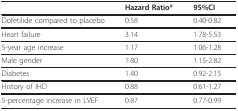
<table><thead><tr><td></td><td><b>Hazard Ratio*</b></td><td><b>95%CI</b></td></tr></thead><tbody><tr><td>Dofetilide compared to placebo</td><td>0.58</td><td>0.40-0.82</td></tr><tr><td>Heart failure</td><td>3.14</td><td>1.78-5.53</td></tr><tr><td>5-year age increase</td><td>1.17</td><td>1.06-1.28</td></tr><tr><td>Male gender</td><td>1.80</td><td>1.15-2.82</td></tr><tr><td>Diabetes</td><td>1.40</td><td>0.92-2.15</td></tr><tr><td>History of IHD</td><td>0.88</td><td>0.61-1.27</td></tr><tr><td>5-percentage increase in LVEF</td><td>0.87</td><td>0.77-0.99</td></tr></tbody></table>